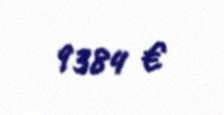
9384 €